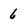
Character: 6